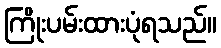
ကြိုးပမ်းထားပုံရသည်။